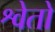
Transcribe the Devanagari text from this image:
श्वेतो